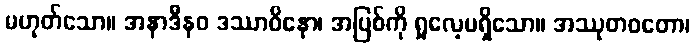
မဟုတ်သော။ အနာဒီနဝ ဒဿာဝိနော၊ အပြစ်ကို ရှုလေ့မရှိသော။ အဿုတဝတော၊